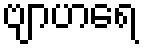
ဗျာဟရေ